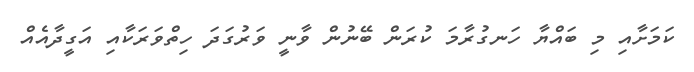
ކަމަށާއި މި ބައްޔާ ހަނގުރާމަ ކުރަން ބޭނުން ވާނީ ވަރުގަދަ ހިތްވަރަކާއި އަގީދާއެއް